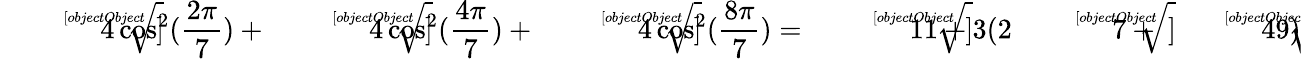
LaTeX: {\sqrt[[objectObject]]{4\cos^{2}({\frac{2\pi}{7}})}}+{\sqrt[[objectObject]]{4\cos^{2}({\frac{4\pi}{7}})}}+{\sqrt[[objectObject]]{4\cos^{2}({\frac{8\pi}{7}})}}={\sqrt[[objectObject]]{11+3(2{\sqrt[[objectObject]]{7}}+{\sqrt[[objectObject]]{49}})}}